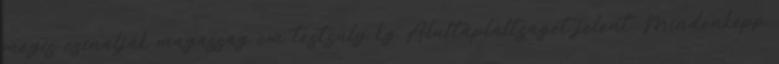
mégis csinálják magasság cm testsúly kg Alultápláltságot jelent. Mindenképp